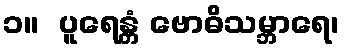
၁။  ပူရေန္တံ ဗောဓိသမ္ဘာရေ၊